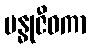
ဗန္ဓုဇီဝကာ